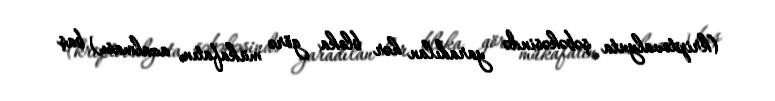
(kriptovalyuta şəbəkəsində yaradılan hər bloka görə mükafatın azalması) baş